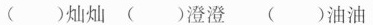
( )灿灿 ( )澄澄 ( )油油